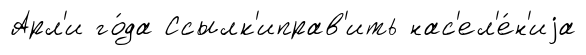
Арл'и го́да Ссылк'иправ'ить нас'ел'е́н'иjа